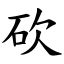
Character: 砍